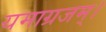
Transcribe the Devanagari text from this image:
यमाग्रजम्।